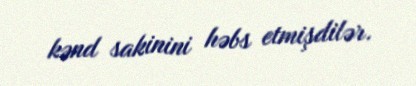
kənd sakinini həbs etmişdilər.